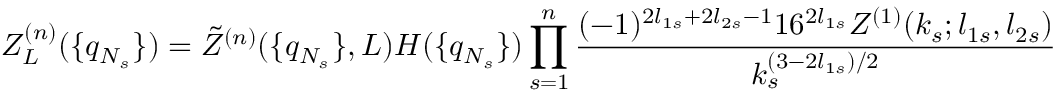
Z _ { L } ^ { ( n ) } ( \{ q _ { N _ { s } } \} ) = \tilde { Z } ^ { ( n ) } ( \{ q _ { N _ { s } } \} , L ) H ( \{ q _ { N _ { s } } \} ) \prod _ { s = 1 } ^ { n } \frac { ( - 1 ) ^ { 2 l _ { 1 s } + 2 l _ { 2 s } - 1 } 1 6 ^ { 2 l _ { 1 s } } Z ^ { ( 1 ) } ( k _ { s } ; l _ { 1 s } , l _ { 2 s } ) } { k _ { s } ^ { ( 3 - 2 l _ { 1 s } ) / 2 } }